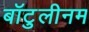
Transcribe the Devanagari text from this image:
बॉटुलीनम